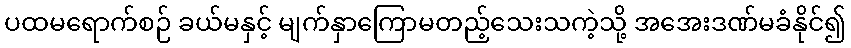
ပထမရောက်စဉ် ခယ်မနှင့် မျက်နှာကြောမတည့်သေးသကဲ့သို့ အအေးဒဏ်မခံနိုင်၍